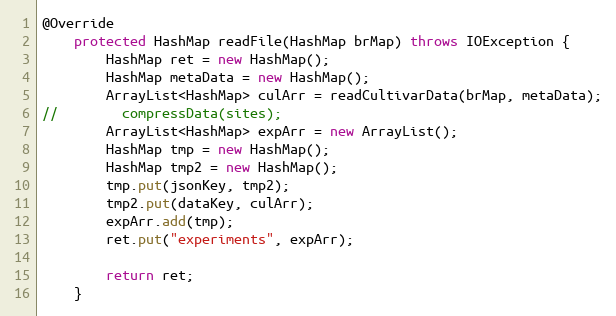
Language: Java
@Override
    protected HashMap readFile(HashMap brMap) throws IOException {
        HashMap ret = new HashMap();
        HashMap metaData = new HashMap();
        ArrayList<HashMap> culArr = readCultivarData(brMap, metaData);
//        compressData(sites);
        ArrayList<HashMap> expArr = new ArrayList();
        HashMap tmp = new HashMap();
        HashMap tmp2 = new HashMap();
        tmp.put(jsonKey, tmp2);
        tmp2.put(dataKey, culArr);
        expArr.add(tmp);
        ret.put("experiments", expArr);

        return ret;
    }